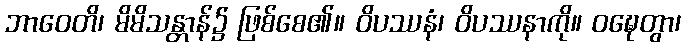
ဘာဝေတိ၊ မိမိသန္တာန်၌ ဖြစ်စေ၏။ ဝိပဿနံ၊ ဝိပဿနာကို။ ဝဍ္ဎေတွာ၊